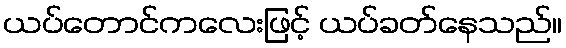
ယပ်တောင်ကလေးဖြင့် ယပ်ခတ်နေသည်။